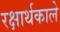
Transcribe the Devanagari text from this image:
रक्षार्थकाले